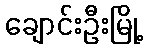
ချောင်းဦးမြို့